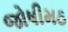
જોષીમઠ